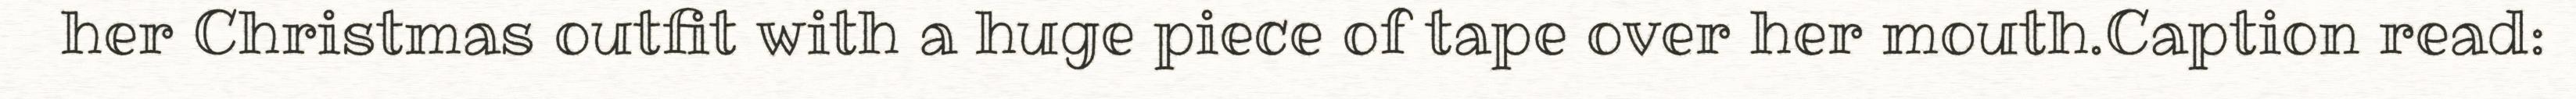
her Christmas outfit with a huge piece of tape over her mouth.Caption read: